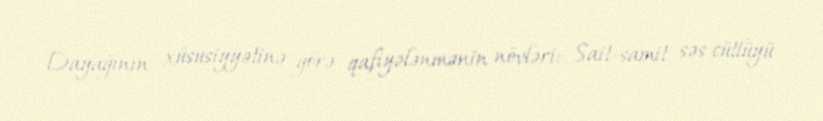
Dayağının xüsusiyyətinə görə qafiyələnmənin növləri: Sait-samit səs cütlüyü